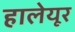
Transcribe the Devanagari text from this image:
हालेयूर